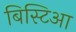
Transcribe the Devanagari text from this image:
बिस्टिआ